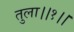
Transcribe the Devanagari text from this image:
तुला।।१।।